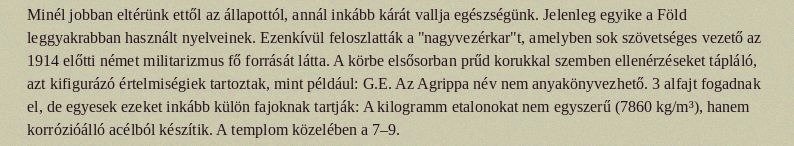
Minél jobban eltérünk ettől az állapottól, annál inkább kárát vallja egészségünk. Jelenleg egyike a Föld leggyakrabban használt nyelveinek. Ezenkívül feloszlatták a "nagyvezérkar"t, amelyben sok szövetséges vezető az 1914 előtti német militarizmus fő forrását látta. A körbe elsősorban prűd korukkal szemben ellenérzéseket tápláló, azt kifigurázó értelmiségiek tartoztak, mint például: G.E. Az Agrippa név nem anyakönyvezhető. 3 alfajt fogadnak el, de egyesek ezeket inkább külön fajoknak tartják: A kilogramm etalonokat nem egyszerű (7860 kg/m³), hanem korrózióálló acélból készítik. A templom közelében a 7–9.